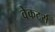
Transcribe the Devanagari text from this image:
वेकटर्स